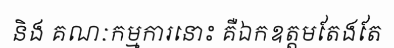
និង គណៈកម្មការនោះ គឺឯកឧត្តមតែងតែ